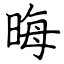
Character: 晦